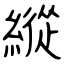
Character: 縦